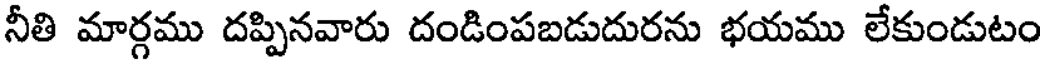
నీతి మార్గము దప్పినవారు దండింపబడుదురను భయము లేకుండుటం